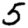
Digit: 5